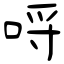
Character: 哷